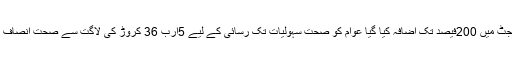
خیبر پختونخوا میں شعبہ صحت کی کارکردگی بہتر بنانے کے لیے بجٹ میں 200فیصد تک اضافہ کیا گیا عوام کو صحت سہولیات تک رسائی کے لیے 5ارب 36 کروڑ کی لاگت سے صحت انصاف کارڈ کا اجراء کیا گیا ،صوبے کی 70فیصد آبادی مستفید ہورہی ہے،۔